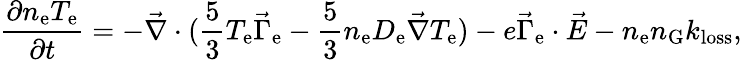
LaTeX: \frac{\partial n_{\mathrm{e}}T_{\mathrm{e}}}{\partial t}=-\vec{\nabla}\cdot(\frac{5}{3}T_{\mathrm{e}}\vec{\Gamma}_{\mathrm{e}}-\frac{5}{3}n_{\mathrm{e}}D_{\mathrm{e}}\vec{\nabla}T_{\mathrm{e}})-e\vec{\Gamma}_{\mathrm{e}}\cdot\vec{E}-n_{\mathrm{e}}n_{\mathrm{G}}k_{\mathrm{loss}},